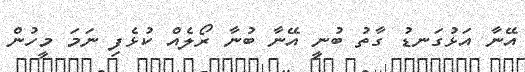
އޭނާ އަޅުގަނޑު ގާތު ބުނީ އޭނާ ބުނާ ރޯލެއް ކުޅެފި ނަމަ މީހުން